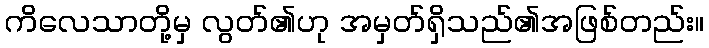
ကိလေသာတို့မှ လွတ်၏ဟု အမှတ်ရှိသည်၏အဖြစ်တည်း။